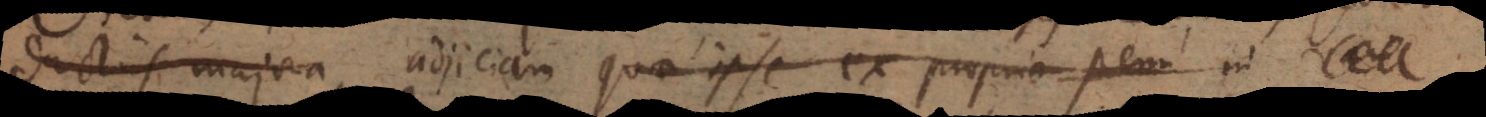
memorabiliora, adjiciam quae ipse ex propria penu in